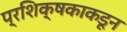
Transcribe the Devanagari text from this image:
प्रशिक्षकाकडून